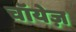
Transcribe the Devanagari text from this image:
चॉयेज़